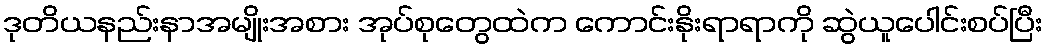
ဒုတိယနည်းနာအမျိုးအစား အုပ်စုတွေထဲက ကောင်းနိုးရာရာကို ဆွဲယူပေါင်းစပ်ပြီး